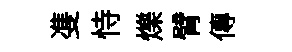
㕠恃爍臂傳